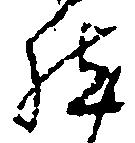
然